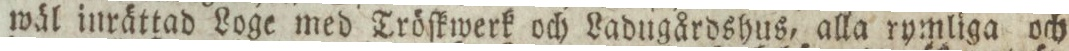
wäl inrättad Loge med Tröſkwerk och Ladugårdshus, alla rymliga och